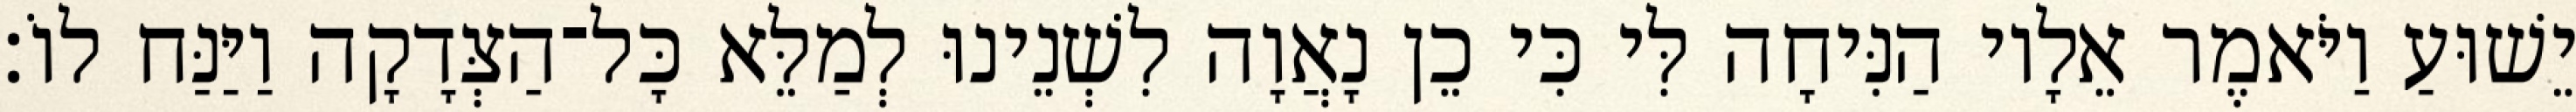
יֵשׁוּעַ וַיֹּאמֶר אֵלָיו הַנִּיחָה לִּי כִּי כֵן נָאֲוָה לִשְׁנֵינוּ לְמַלֵּא כָּל־הַצְּדָקָה וַיַּנַּח לוֹ׃